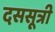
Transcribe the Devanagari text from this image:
दससूत्री